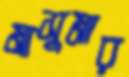
মাসুমার